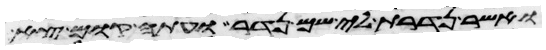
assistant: ואשר נדרת לי שם נדר ועתה קום צא